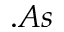
. A s